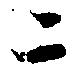
ニ